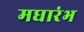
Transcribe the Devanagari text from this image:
मघारंभ